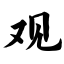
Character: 观